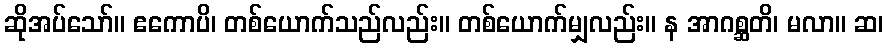
ဆိုအပ်သော်။ ဧကောပိ၊ တစ်ယောက်သည်လည်း။ တစ်ယောက်မျှလည်း။ န အာဂစ္ဆတိ၊ မလာ။ ဆ၊